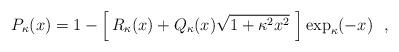
LaTeX: \begin{align*}P_{\kappa}(x)=1 - \left [ \,R_{\kappa}(x) + Q_{\kappa}(x) \sqrt{1+\kappa^2 x^2 }\,\,\right ] \exp_{\kappa}(-x) \ \ , \end{align*}